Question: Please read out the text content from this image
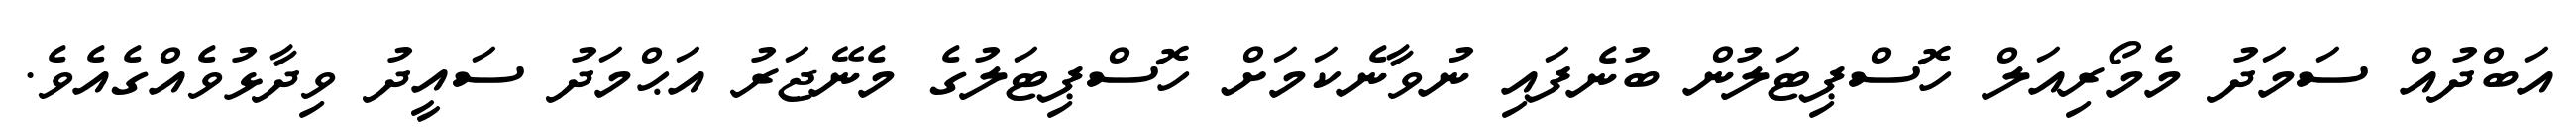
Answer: އަބްދުއް ސަމަދު މެމޯރިއަލް ހޮސްޕިޓަލުން ބުނެފައި ނުވާނެކަމަށް ހޮސްޕިޓަލުގެ މެނޭޖަރު އަޙްމަދު ސައީދު ވިދާޅުވެއްގެއެވެ.